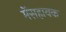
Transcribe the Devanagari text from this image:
मेंसहायक